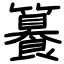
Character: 籑